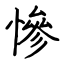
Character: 慘